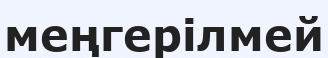
меңгерілмей